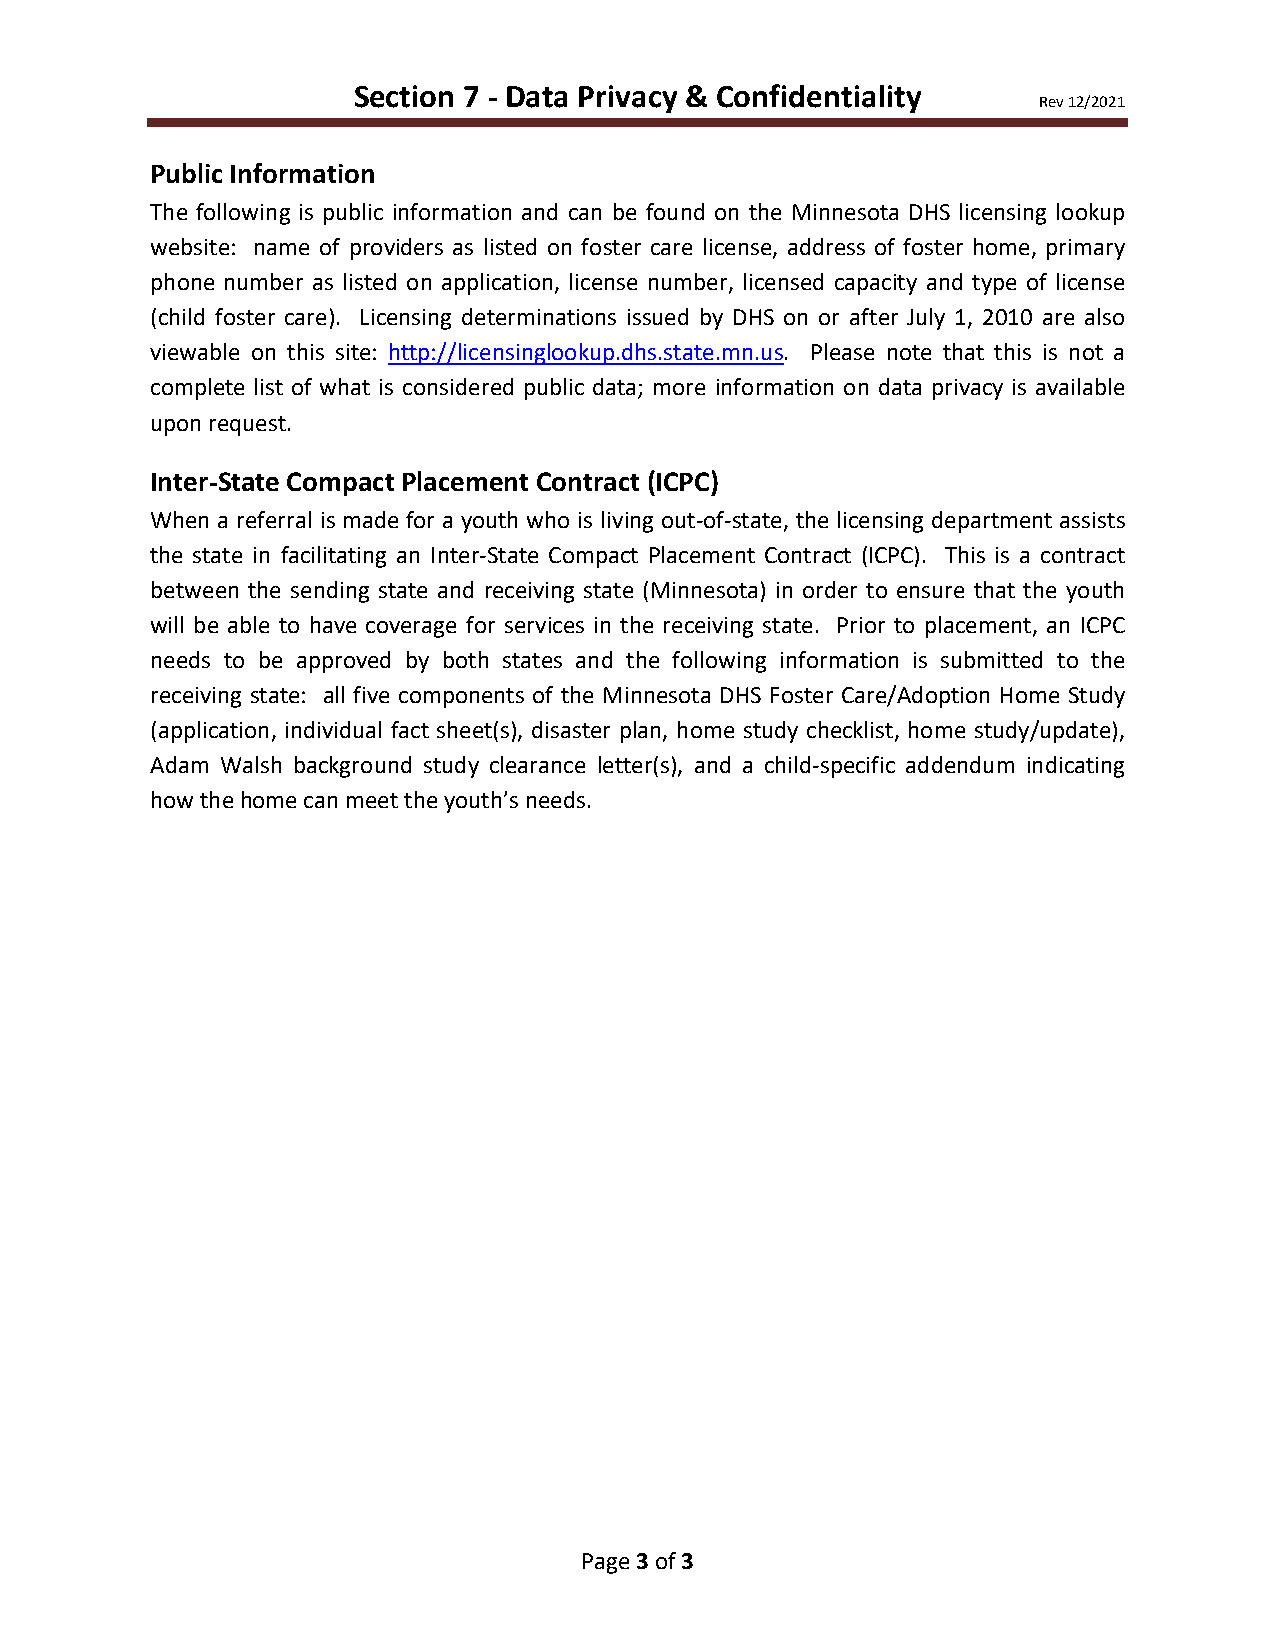
Section 7 - Data Privacy & Confidentiality
 Rev 12/2021
 Public Information
 The following is public information and can be found on the Minnesota DHS licensing lookup
 website: name of providers as listed on foster care license, address of foster home, primary
 phone number as listed on application, license number, licensed capacity and type of license
 (child foster care). Licensing determinations issued by DHS on or after July 1, 2010 are also
 viewable on this site: http://licensinglookup.dhs.state.mn.us. Please note that this is not a
 complete list of what is considered public data; more information on data privacy is available
 upon request.
 Inter-State Compact Placement Contract (ICPC)
 When a referral is made for a youth who is living out-of-state, the licensing department assists
 the state in facilitating an Inter-State Compact Placement Contract (ICPC). This is a contract
 between the sending state and receiving state (Minnesota) in order to ensure that the youth
 will be able to have coverage for services in the receiving state. Prior to placement, an ICPC
 needs to be approved by both states and the following information is submitted to the
 receiving state: all five components of the Minnesota DHS Foster Care/Adoption Home Study
 (application, individual fact sheet(s), disaster plan, home study checklist, home study/update),
 Adam Walsh background study clearance letter(s), and a child-specific addendum indicating
 how the home can meet the youth’s needs.
 Page 3 of 3